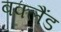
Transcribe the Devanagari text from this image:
बक्लैंड